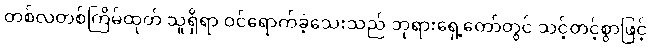
တစ်လတစ်ကြိမ်ထုတ် သူရှိရာ ဝင်ရောက်ခဲ့သေးသည် ဘုရားရှေ့တော်တွင် သင့်တင့်စွာဖြင့်